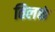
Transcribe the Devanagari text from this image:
तिलकं